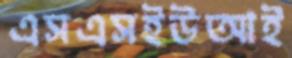
এসএসইউআই